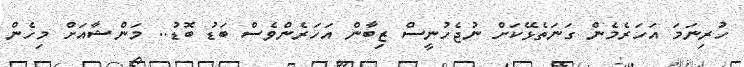
ހުރިނަމަ އަހަރެމެން ގަނަތެޅޭކަށް ނުޖެހުނީސް ޒިބާން އަހަރެންވެސް ބަޑު ބޮޑު.. މަންޝާއަށް މިހެން